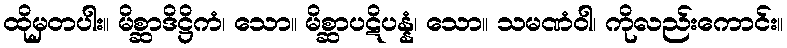
ထိုမှတပါး။ မိစ္ဆာဒိဋ္ဌိကံ၊ သော။ မိစ္ဆာပဋိပန္နံ၊ သော။ သမဏံဝါ၊ ကိုလည်းကောင်း။